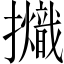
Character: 𢹊